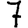
Digit: 7